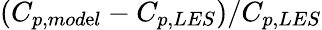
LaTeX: (C_{p,mod\mathrm{e}l}-C_{p,LES})/C_{p,LES}